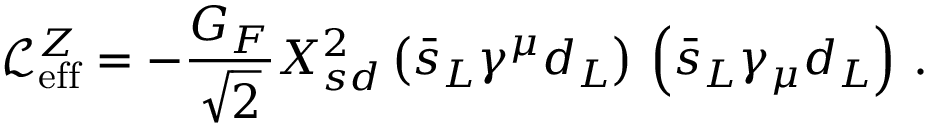
\mathcal { L } _ { \mathrm { e f f } } ^ { Z } = - \frac { G _ { F } } { \sqrt 2 } X _ { s d } ^ { 2 } \left( \bar { s } _ { L } \gamma ^ { \mu } d _ { L } \right) \, \left( \bar { s } _ { L } \gamma _ { \mu } d _ { L } \right) \, .